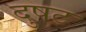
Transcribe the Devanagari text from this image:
दुषट